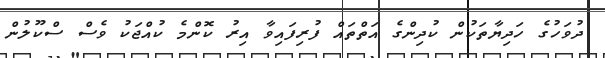
ދުވަހުގެ ހަދިޔާތަކުން ކުދިންގެ އަތްތައް ފުރިފައިވާ އިރު ކޮންމެ ކުއްޖަކު ވެސް ސްކޫލުން